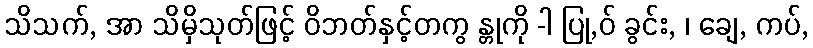
သိသက်, အာ သိမှိသုတ်ဖြင့် ဝိဘတ်နှင့်တကွ န္တုကို -ါ ပြု,ဝ် ခွင်း, ၊ ချေ, ကပ်,